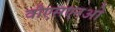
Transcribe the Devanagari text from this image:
वीएसएनओ